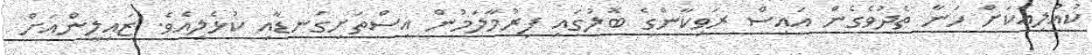
ކުއްލިއަކަށް ހަނާ ތެދުވެގެން އައިސް ރަވިކާންގެ ބޮލުގައި ފިރުމާލަމުން އިސްތަށިގަނޑާއި ކުޅެލިއެވެ. ޒައިލީންއަށް